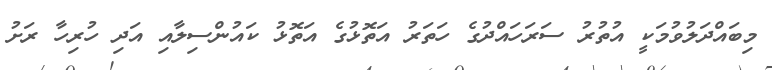
މިބައްދަލުވުމަކީ އުތުރު ސަރަހައްދުގެ ހަތަރު އަތޮޅުގެ އަތޮޅު ކައުންސިލާއި އަދި ހުރިހާ ރަށު